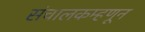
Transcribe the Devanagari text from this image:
संचालकम्हणून